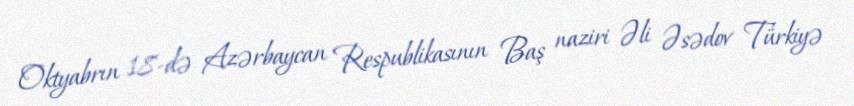
Oktyabrın 18-də Azərbaycan Respublikasının Baş naziri Əli Əsədov Türkiyə